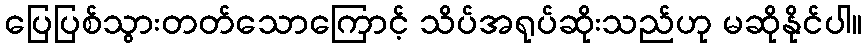
ပြေပြစ်သွားတတ်သောကြောင့် သိပ်အရုပ်ဆိုးသည်ဟု မဆိုနိုင်ပါ။